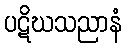
ပဋိဃသညာနံ